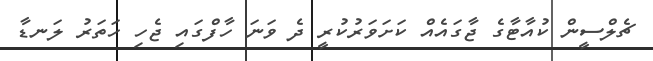
ޗެލްސީން ކުއާޓާގެ ޖާގައެއް ކަށަވަރުކުރީ ދެ ވަނަ ހާފްގައި ޖެހި ހަތަރު ލަނޑާ